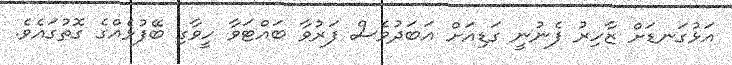
އަޅުގަނޑަށް ޒާހިރު ފެނުނީ ގަޑިއަށް އަބަދުވެސް ފަރުވާ ބައްޓަވާ ހީވާގި ބޭފުޅެއްގެ ގޮތުގައެވެ.